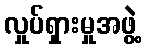
လှုပ်ရှားမှုအဖွဲ့